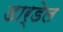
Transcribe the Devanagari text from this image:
डार्डेल